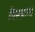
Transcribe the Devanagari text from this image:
पिस्त्याला